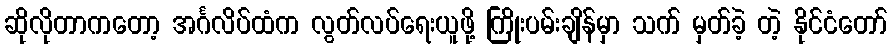
ဆိုလိုတာကတော့ အင်္ဂလိပ်ထံက လွတ်လပ်ရေးယူဖို့ ကြိုးပမ်းချိန်မှာ သက် မှတ်ခဲ့ တဲ့ နိုင်ငံတော်